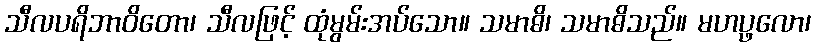
သီလပရိဘာဝိတော၊ သီလဖြင့် ထုံမွမ်းအပ်သော။ သမာဓိ၊ သမာဓိသည်။ မဟပ္ဖလော၊